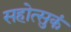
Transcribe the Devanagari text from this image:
सहोत्सुकं